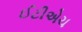
ઈટીએચ